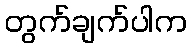
တွက်ချက်ပါက